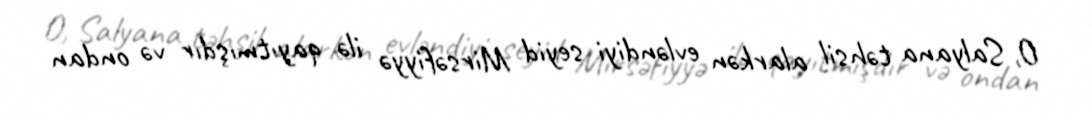
O, Salyana təhsil alarkən evləndiyi seyid Mirsəfiyyə ilə qayıtmışdır və ondan